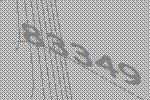
83349